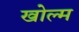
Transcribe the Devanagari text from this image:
खोल्म